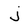
Character: j